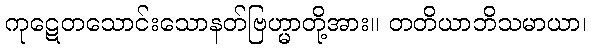
ကုဋေတသောင်းသောနတ်ဗြဟ္မာတို့အား။ တတိယာဘိသမာယာ၊